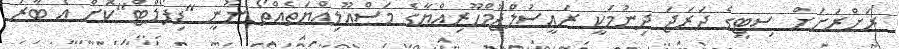
ރަށްރަށަށް ސިޓީގެ ދަރަޖަ ދިނުމަކީ ރައީސުލްޖުމްހޫރިއްޔާގެ މަސްއޫލިއްޔަތެއްތޯ ނޫނީ "ޑިފޯލްޓް"ކޮށް އެ ބާރު